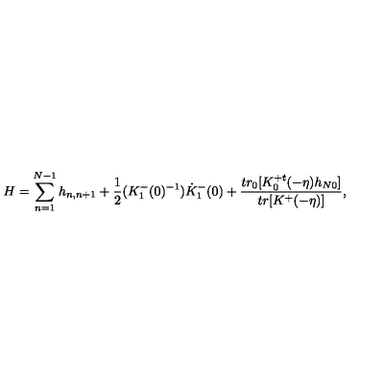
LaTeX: H = \sum _ { n = 1 } ^ { N - 1 } h _ { n , n + 1 } + \frac { 1 } { 2 } ( K _ { 1 } ^ { - } ( 0 ) ^ { - 1 } ) \dot { K } _ { 1 } ^ { - } ( 0 ) + \frac { t r _ { 0 } [ K _ { 0 } ^ { + t } ( - \eta ) h _ { N 0 } ] } { t r [ K ^ { + } ( - \eta ) ] } ,